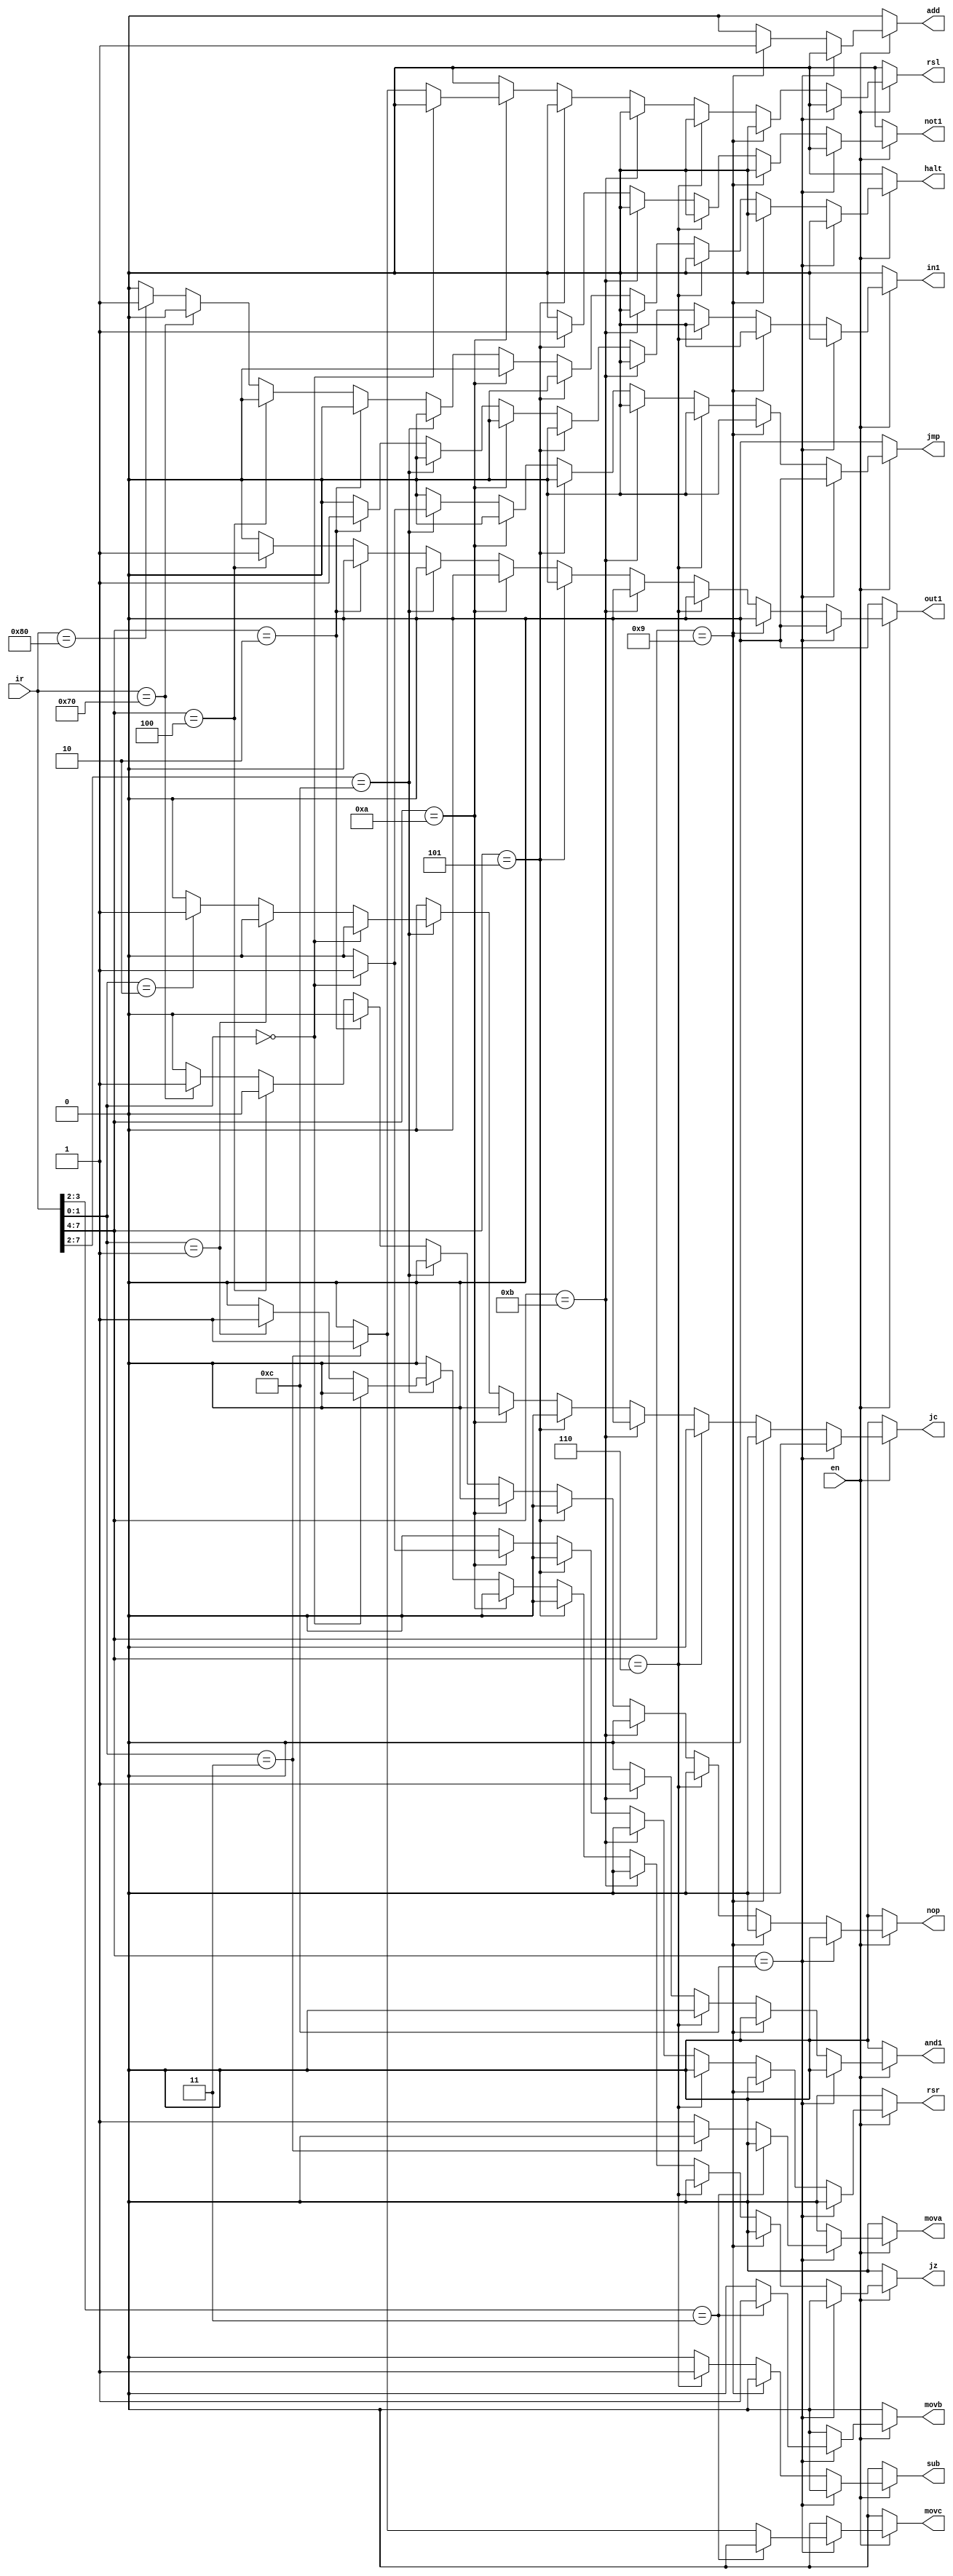
module yimaqi(en,ir,mova,movb,movc,add,sub,and1,not1,rsr,rsl,jmp,jz,jc,in1,out1,nop,halt);
  input wire en;
  input wire [7:0] ir;
  output reg mova,movb,movc,add,sub,and1,not1,rsr,rsl,jmp,jz,jc,in1,out1,nop,halt;
  always @(ir)
    begin {mova,movb,movc,add,sub,and1,not1,rsr,rsl,jmp,jz,jc,in1,out1,nop,halt}=0;
    if(en==1'b1)
      begin
      if(ir[7:4]==4'b1100) begin
          if(ir[3:2]==2'b11) movb=1;
          else if(ir[1:0]==2'b11) movc=1;
          else mova=1;
      end
      else if(ir[7:4]==4'b1001) add=1;
      else if(ir[7:4]==4'b0110) sub=1;
      else if(ir[7:4]==4'b1011) and1=1;
      else if(ir[7:4]==4'b0101) not1=1;
      else if(ir[7:4]==4'b1010) begin
             if(ir[1:0]==2'b00) rsr=1;
             else if(ir[1:0]==2'b11) rsl=1;
      end
      else if(ir[7:2]==6'b001100) begin
             if(ir[1:0]==2'b00) jmp=1;
             else if(ir[1:0]==2'b01) jz=1;
             else if(ir[1:0]==2'b10) jc=1;
      end
      else if(ir[7:4]==4'b0010) in1=1;
      else if(ir[7:4]==4'b0100) out1=1;
      else if(ir[7:0]==8'b01110000) nop=1;
      else if(ir[7:0]==8'b10000000) halt=1;
      end
end

endmodule